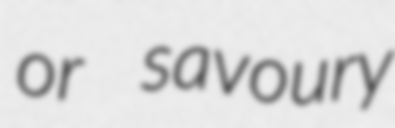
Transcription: or savoury